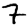
Digit: 7